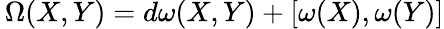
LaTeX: \, \Omega(X,Y)=d\omega(X,Y)+[\omega(X),\omega(Y)]